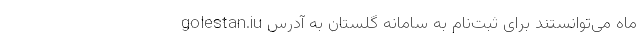
ماه می‌توانستند برای ثبت‌نام به سامانه گلستان به آدرس golestan.iu